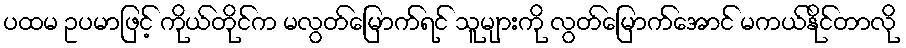
ပထမ ဥပမာဖြင့် ကိုယ်တိုင်က မလွတ်မြောက်ရင် သူများကို လွတ်မြောက်အောင် မကယ်နိုင်တာလို